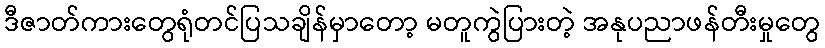
ဒီဇာတ်ကားတွေရုံတင်ပြသချိန်မှာတော့ မတူကွဲပြားတဲ့ အနုပညာဖန်တီးမှုတွေ